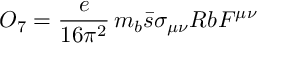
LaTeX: O _ { 7 } = \frac { e } { 1 6 \pi ^ { 2 } } \, m _ { b } \bar { s } \sigma _ { \mu \nu } R b F ^ { \mu \nu }